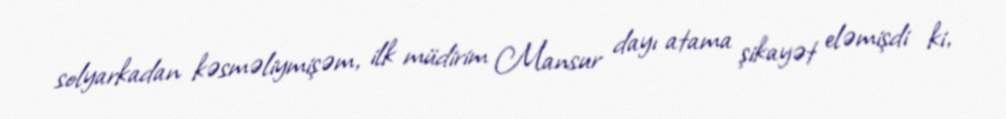
solyarkadan kəsməliymişəm, ilk müdirim Mansur dayı atama şikayət eləmişdi ki,